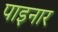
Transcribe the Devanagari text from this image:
पाइनार